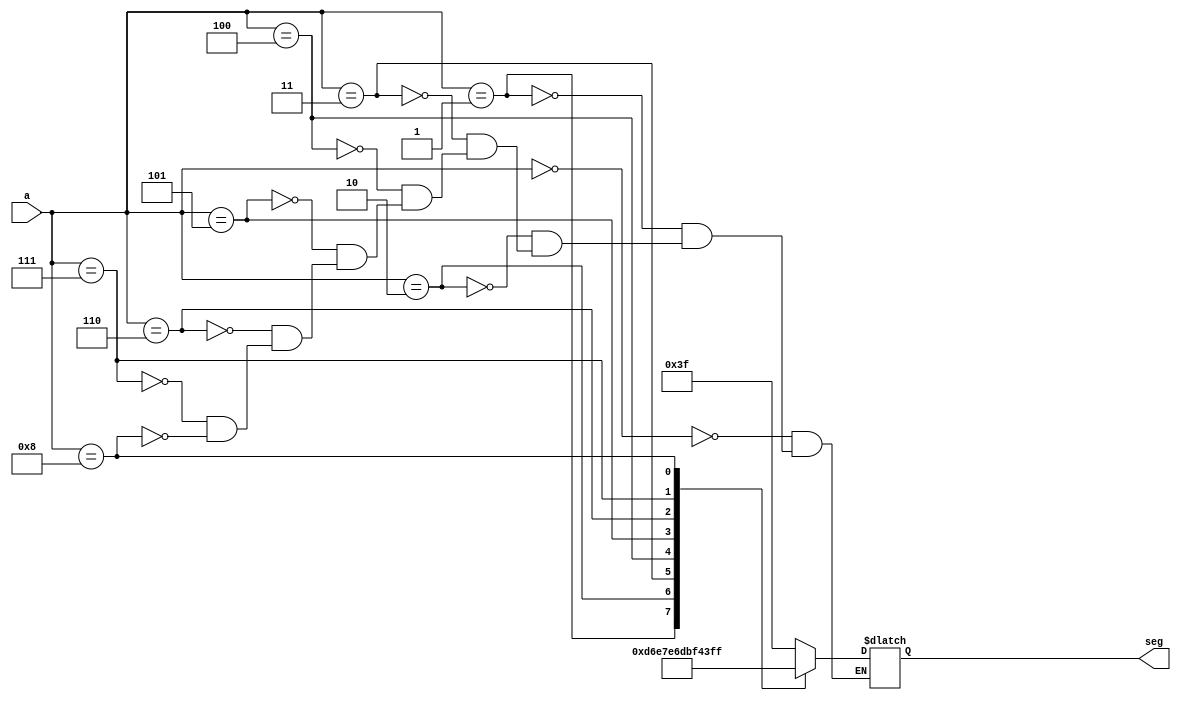
module vsevenseg(input [3:0] a, output reg [6:0] seg);
	always @ *
	begin
		case(a)
			4'b0000 : seg = 7'b0111111;
			4'b0001 : seg = 7'b0000110;
			4'b0010 : seg = 7'b1011011;
			4'b0011 : seg = 7'b1001111;
			4'b0100 : seg = 7'b1100110;
			4'b0101 : seg = 7'b1101101;
			4'b0110 : seg = 7'b1111101;
			4'b0111 : seg = 7'b0000111;
			4'b1000 : seg = 7'b1111111;
		endcase
	end

	
endmodule